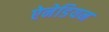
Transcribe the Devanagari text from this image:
ऐनेडियन